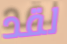
لقد